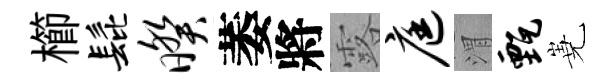
櫛髭暌萎將露庭渭甄嶤